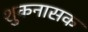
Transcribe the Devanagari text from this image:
शुकनासक